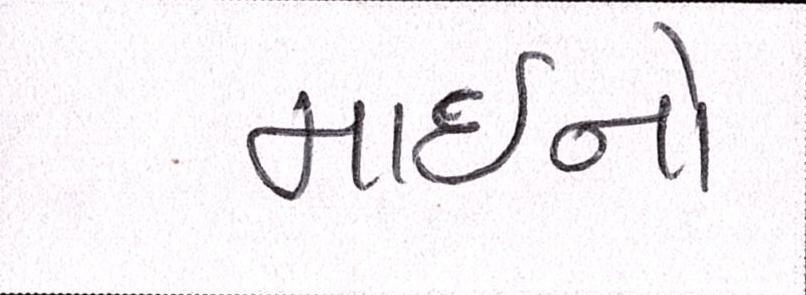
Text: માઇનો